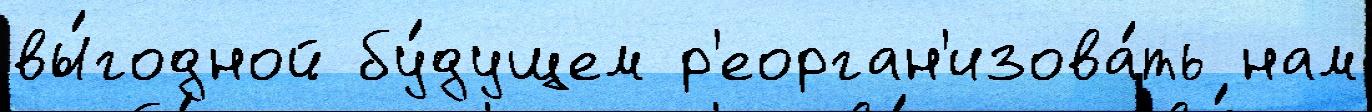
вы́годной бу́дущем р'еорган'изова́ть нам